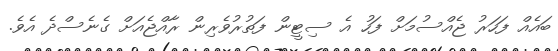
ބައެއް ފަހަރު ޖެއްސުމަށް ފަހު އެ ސިޓީން ފަތުރުވެެރިން ރާއްޖެއަށް ގެނެސްދެ އެވެ.